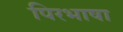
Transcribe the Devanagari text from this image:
पिरभाषा